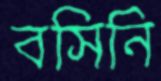
বসিনি